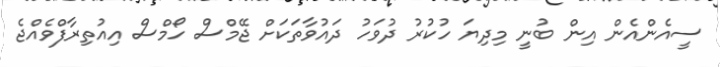
ސީއެންއެން އިން ބުނީ މިދިޔަ ހުކުރު ދުވަހު ދައުވާތަކަށް ޖޭމްސް ހޯމްސް އިއުތިރާފްވެއްޖެ